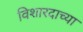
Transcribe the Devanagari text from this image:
विशारदाच्या